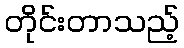
တိုင်းတာသည့်